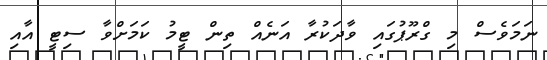
ނަމަވެސް މި ގްރޫޕުގައި ވާދަކުރާ އަނެއް ތިން ޓީމު ކަމަށްވާ ސިޓީ އާއި